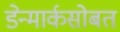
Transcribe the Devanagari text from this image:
डेन्मार्कसोबत